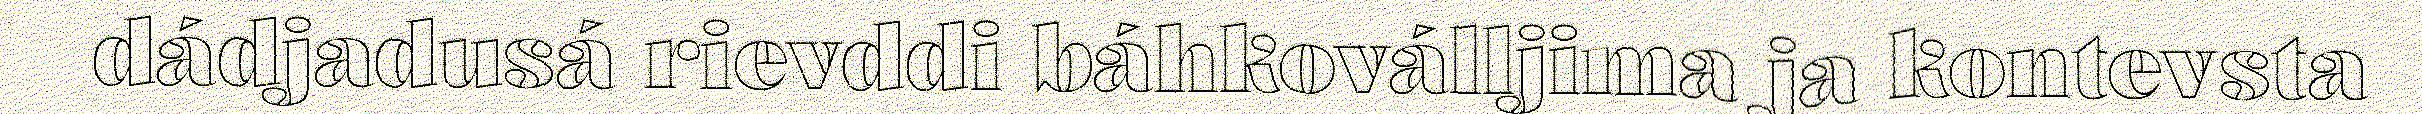
dádjadusá rievddi báhkoválljima ja kontevsta